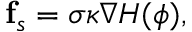
\mathbf { f } _ { s } = \sigma \kappa \nabla H ( \phi ) ,